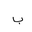
Letter: _ba